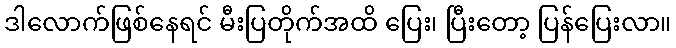
ဒါလောက်ဖြစ်နေရင် မီးပြတိုက်အထိ ပြေး၊ ပြီးတော့ ပြန်ပြေးလာ။